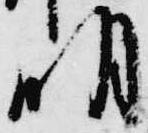
明